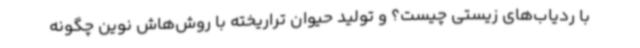
با ردیاب‌های زیستی چیست؟ و تولید حیوان تراریخته با روش‌هاش نوین چگونه